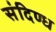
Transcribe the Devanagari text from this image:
संदिण्ध